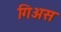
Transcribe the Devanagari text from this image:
गिअस